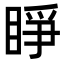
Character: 睜